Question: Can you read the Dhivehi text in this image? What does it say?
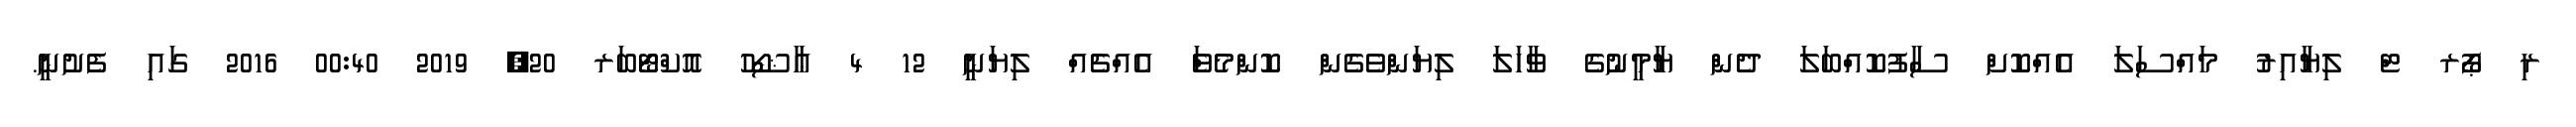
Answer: ރި ޕޯރ ޓް ލިޔާއިރު މައްސަލަ އެއްކޮށް ސާފުކޮއްބަލަ ދެން ޔާމީނުގެ ވާހަލަ ލިޔަންވެގެން ކޮންމެވެަް އެއްޗެއް ލިޔަނީ 12 4 ޢާޝޯހު އޮކްޓޯބަރ 20, 2019 00:40 2016 ގައި ފެށުނީ.